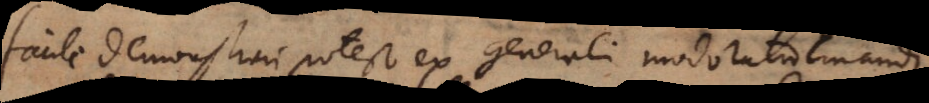
Facile demonstrari potest ex generali modo ratiocinandi